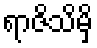
ရာဇိသိမှိ